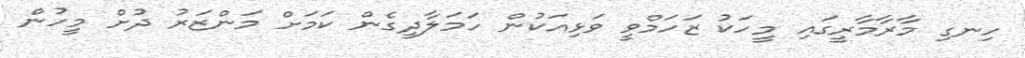
ހިނގި މާރާމާރީގައި މީހަކު ޒަހަމްވީ ވަޅިއަކުން ހަމަލާދީގެން ކަަމަށް މަންޒަރު ދުށް މީހުން